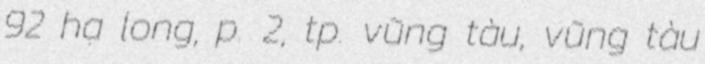
92 hạ long, p. 2, tp. vũng tàu, vũng tàu